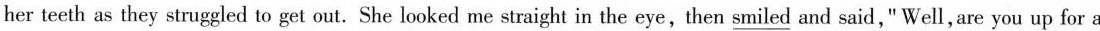
her teeth as they struggled to get out.She looked me straight in the eye,then \underline{smiled} and said," Well,are you up for a